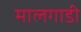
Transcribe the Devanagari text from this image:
मालगाडी